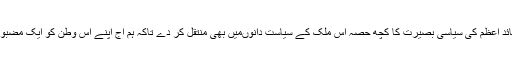
اللہ تعالی سے دعا ہے کہ وہ قائدِ اعظم کی سیاسی بصیرت کا کچھ حصہ اس ملک کے سیاست دانوںمیں بھی منتقل کر دے تاکہ ہم آج اپنے اس وطن کو ایک مضبوط اور مستحکم ملک بنا سکیں۔